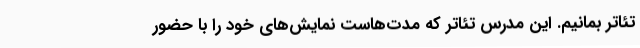
تئاتر بمانیم. این مدرس تئاتر که مدت‌هاست نمایش‌های خود را با حضور